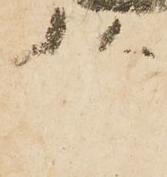
伯